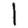
Digit: 1